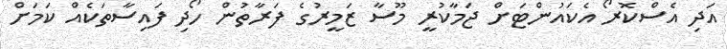
އަދި އެސްކޮރޯ އެކައުންޓަށް ޖަމާކުރީ މޫސާ ޒަމީރުގެ ފަރާތުން ހޯދި ފައިސާތަކެއް ކަމަށް